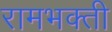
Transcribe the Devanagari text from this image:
रामभक्ती